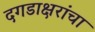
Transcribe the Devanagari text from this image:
दगडाक्षरांचा